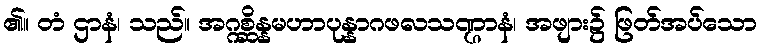
၏။ တံ ဌာနံ၊ သည်။ အဂ္ဂစ္ဆိန္နမဟာပုန္နာဂဖလသဏ္ဌာနံ၊ အဖျား၌ ဖြတ်အပ်သော